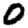
Digit: 0